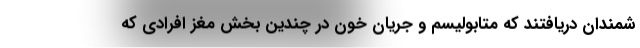
شمندان دریافتند که متابولیسم و جریان خون در چندین بخش مغز افرادی که